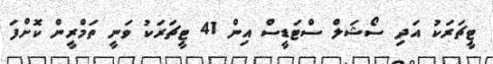
ޓީޗަރަކު އަދި ސޯޝަލް ސްޓަޑީސް އިން 41 ޓީޗަރަކު ވަނީ ތަމްރީން ކޮށްފަ